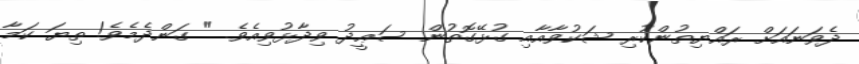
ދެވަނައަށް ރައްޔިތުންކުރި ޝަކުވާއާއި ގުޅޭގޮތުން ސަޢީދު ވިދާޅުވިއެވެ. " ގަންދެމެވެ! ތިޔަ ކަމާ